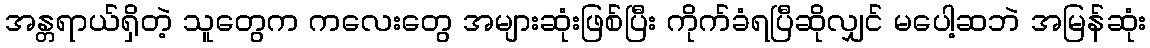
အန္တရာယ်ရှိတဲ့ သူတွေက ကလေးတွေ အများဆုံးဖြစ်ပြီး ကိုက်ခံရပြီဆိုလျှင် မပေါ့ဆဘဲ အမြန်ဆုံး